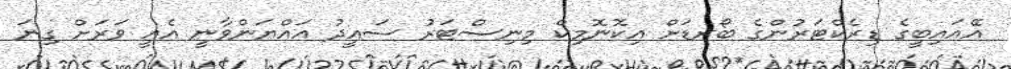
އޭއައިބީގެ ޑިރެކްޓަރުންގެ ބޯރޑަށް އިކޮނޮމިކް މިނިސްޓަރު ސައީދު އައްޔަންވާނީ އެއީ ވަރަށް ގިނަ